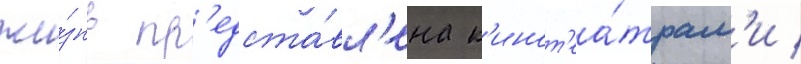
жи́знь пр'едста́вл'ена к'инот'еа́трам'и /